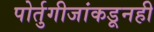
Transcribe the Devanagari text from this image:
पोर्तुगीजांकडूनही